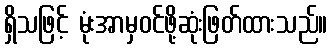
ရှိသဖြင့် မုံးအာမှဝင်ဖို့ဆုံးဖြတ်ထားသည်။